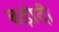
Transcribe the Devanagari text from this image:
बड़ोदी